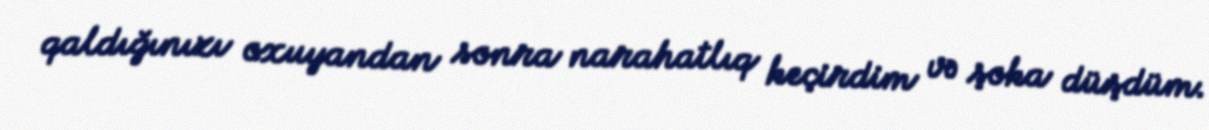
qaldığınızı oxuyandan sonra narahatlıq keçirdim və şoka düşdüm.